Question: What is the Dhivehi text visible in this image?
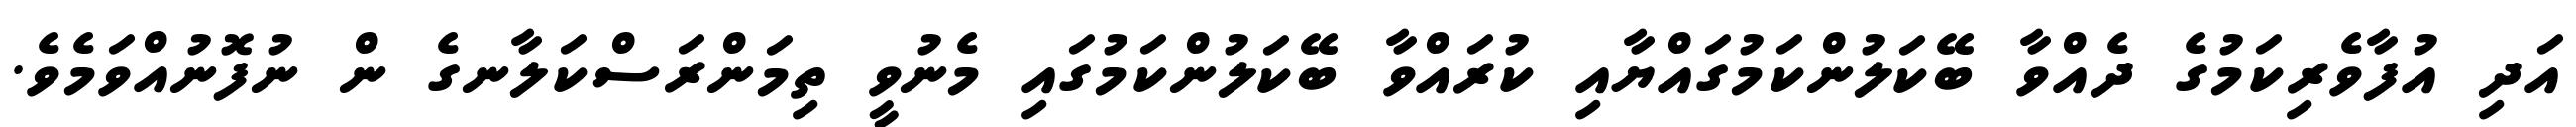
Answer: އަދި އުފާވެރިކަމުގެ ދެއްވާ ބޭކަލުންކަމުގައްޔާއި ކުރައްވާ ބޭކަލުންކަމުގައި މެނުވީ ތިމަންރަސްކަލާނގެ ން ނުފޮނުއްވަމެވެ.